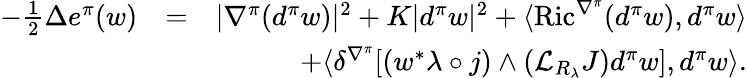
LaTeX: \begin{array}{rlr}{-\frac{1}{2}\Delta e^{\pi}(w)}&{=}&{|\nabla^{\pi}(d^{\pi}w)|^{2}+K|d^{\pi}w|^{2}+\langle\operatorname{Ric}^{\nabla^{\pi}}(d^{\pi}w),d^{\pi}w\rangle}\\ &{}&{+\langle\delta^{\nabla^{\pi}}[(w^{*}\lambda\circ j)\wedge({\mathcal L}_{R_{\lambda}}J)d^{\pi}w],d^{\pi}w\rangle.}\end{array}